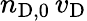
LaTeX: n_{\mathrm{D},0}\, v_{\mathrm{D}}